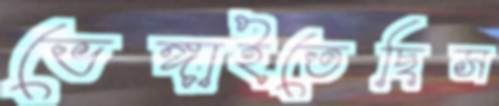
ভেঙ্গাইতেছিস